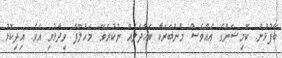
ބޭފުޅުން. ކޮމިޝަންގެ އެއްވެސް މެންބަރަކާ ބައްދަލެއް ނުކުރެވޭ" މަހުލޫފް ވިދާޅުވި އެވެ. އިދިކޮޅު